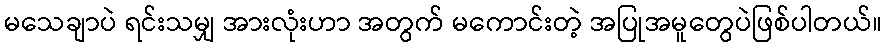
မသေချာပဲ ရင်းသမျှ အားလုံးဟာ အတွက် မကောင်းတဲ့ အပြုအမူတွေပဲဖြစ်ပါတယ်။